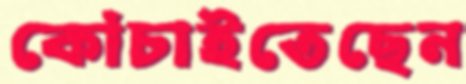
কোঁচাইতেছেন